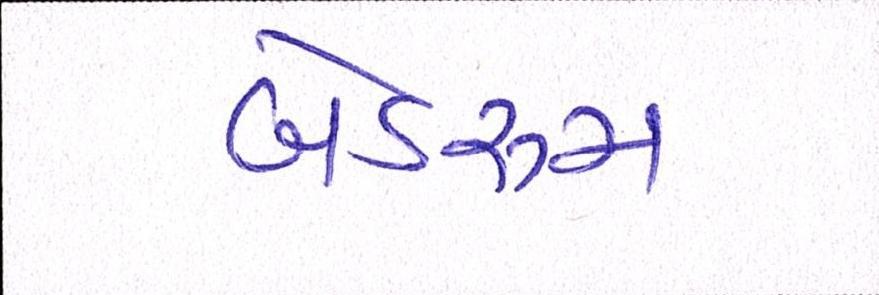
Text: બેડરૂમ